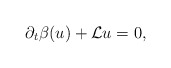
\begin{align*} \begin{aligned} \partial_t \beta(u)+\mathcal{L}u=0, \end{aligned}\end{align*}